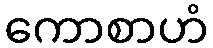
ကောစာဟံ